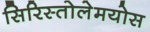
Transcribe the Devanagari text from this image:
सिरिस्तोलेमयोस